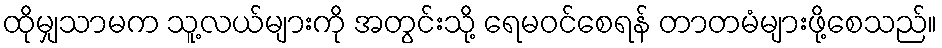
ထိုမျှသာမက သူ့လယ်များကို အတွင်းသို့ ရေမဝင်စေရန် တာတမံများဖို့စေသည်။